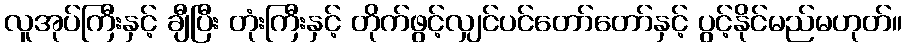
လူအုပ်ကြီးနှင့် ချီပြီး တုံးကြီးနှင့် တိုက်ဖွင့်လျှင်ပင်တော်တော်နှင့် ပွင့်နိုင်မည်မဟုတ်။